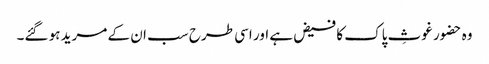
وہ حضور غوثِ پاک کا فیض ہے اور اسی طرح سب ان کے مرید ہو گئے۔